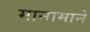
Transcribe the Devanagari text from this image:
मानामाने